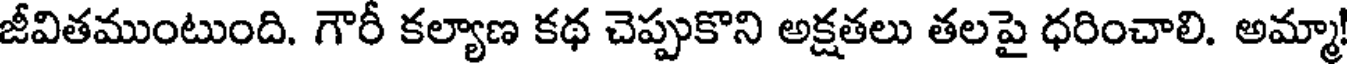
జీవితముంటుంది. గౌరీ కల్యాణ కథ చెప్పుకొని అక్షతలు తలపై ధరించాలి. అమ్మా